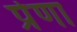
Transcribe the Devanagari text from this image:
प्रेणा